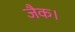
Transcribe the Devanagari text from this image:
जैक।